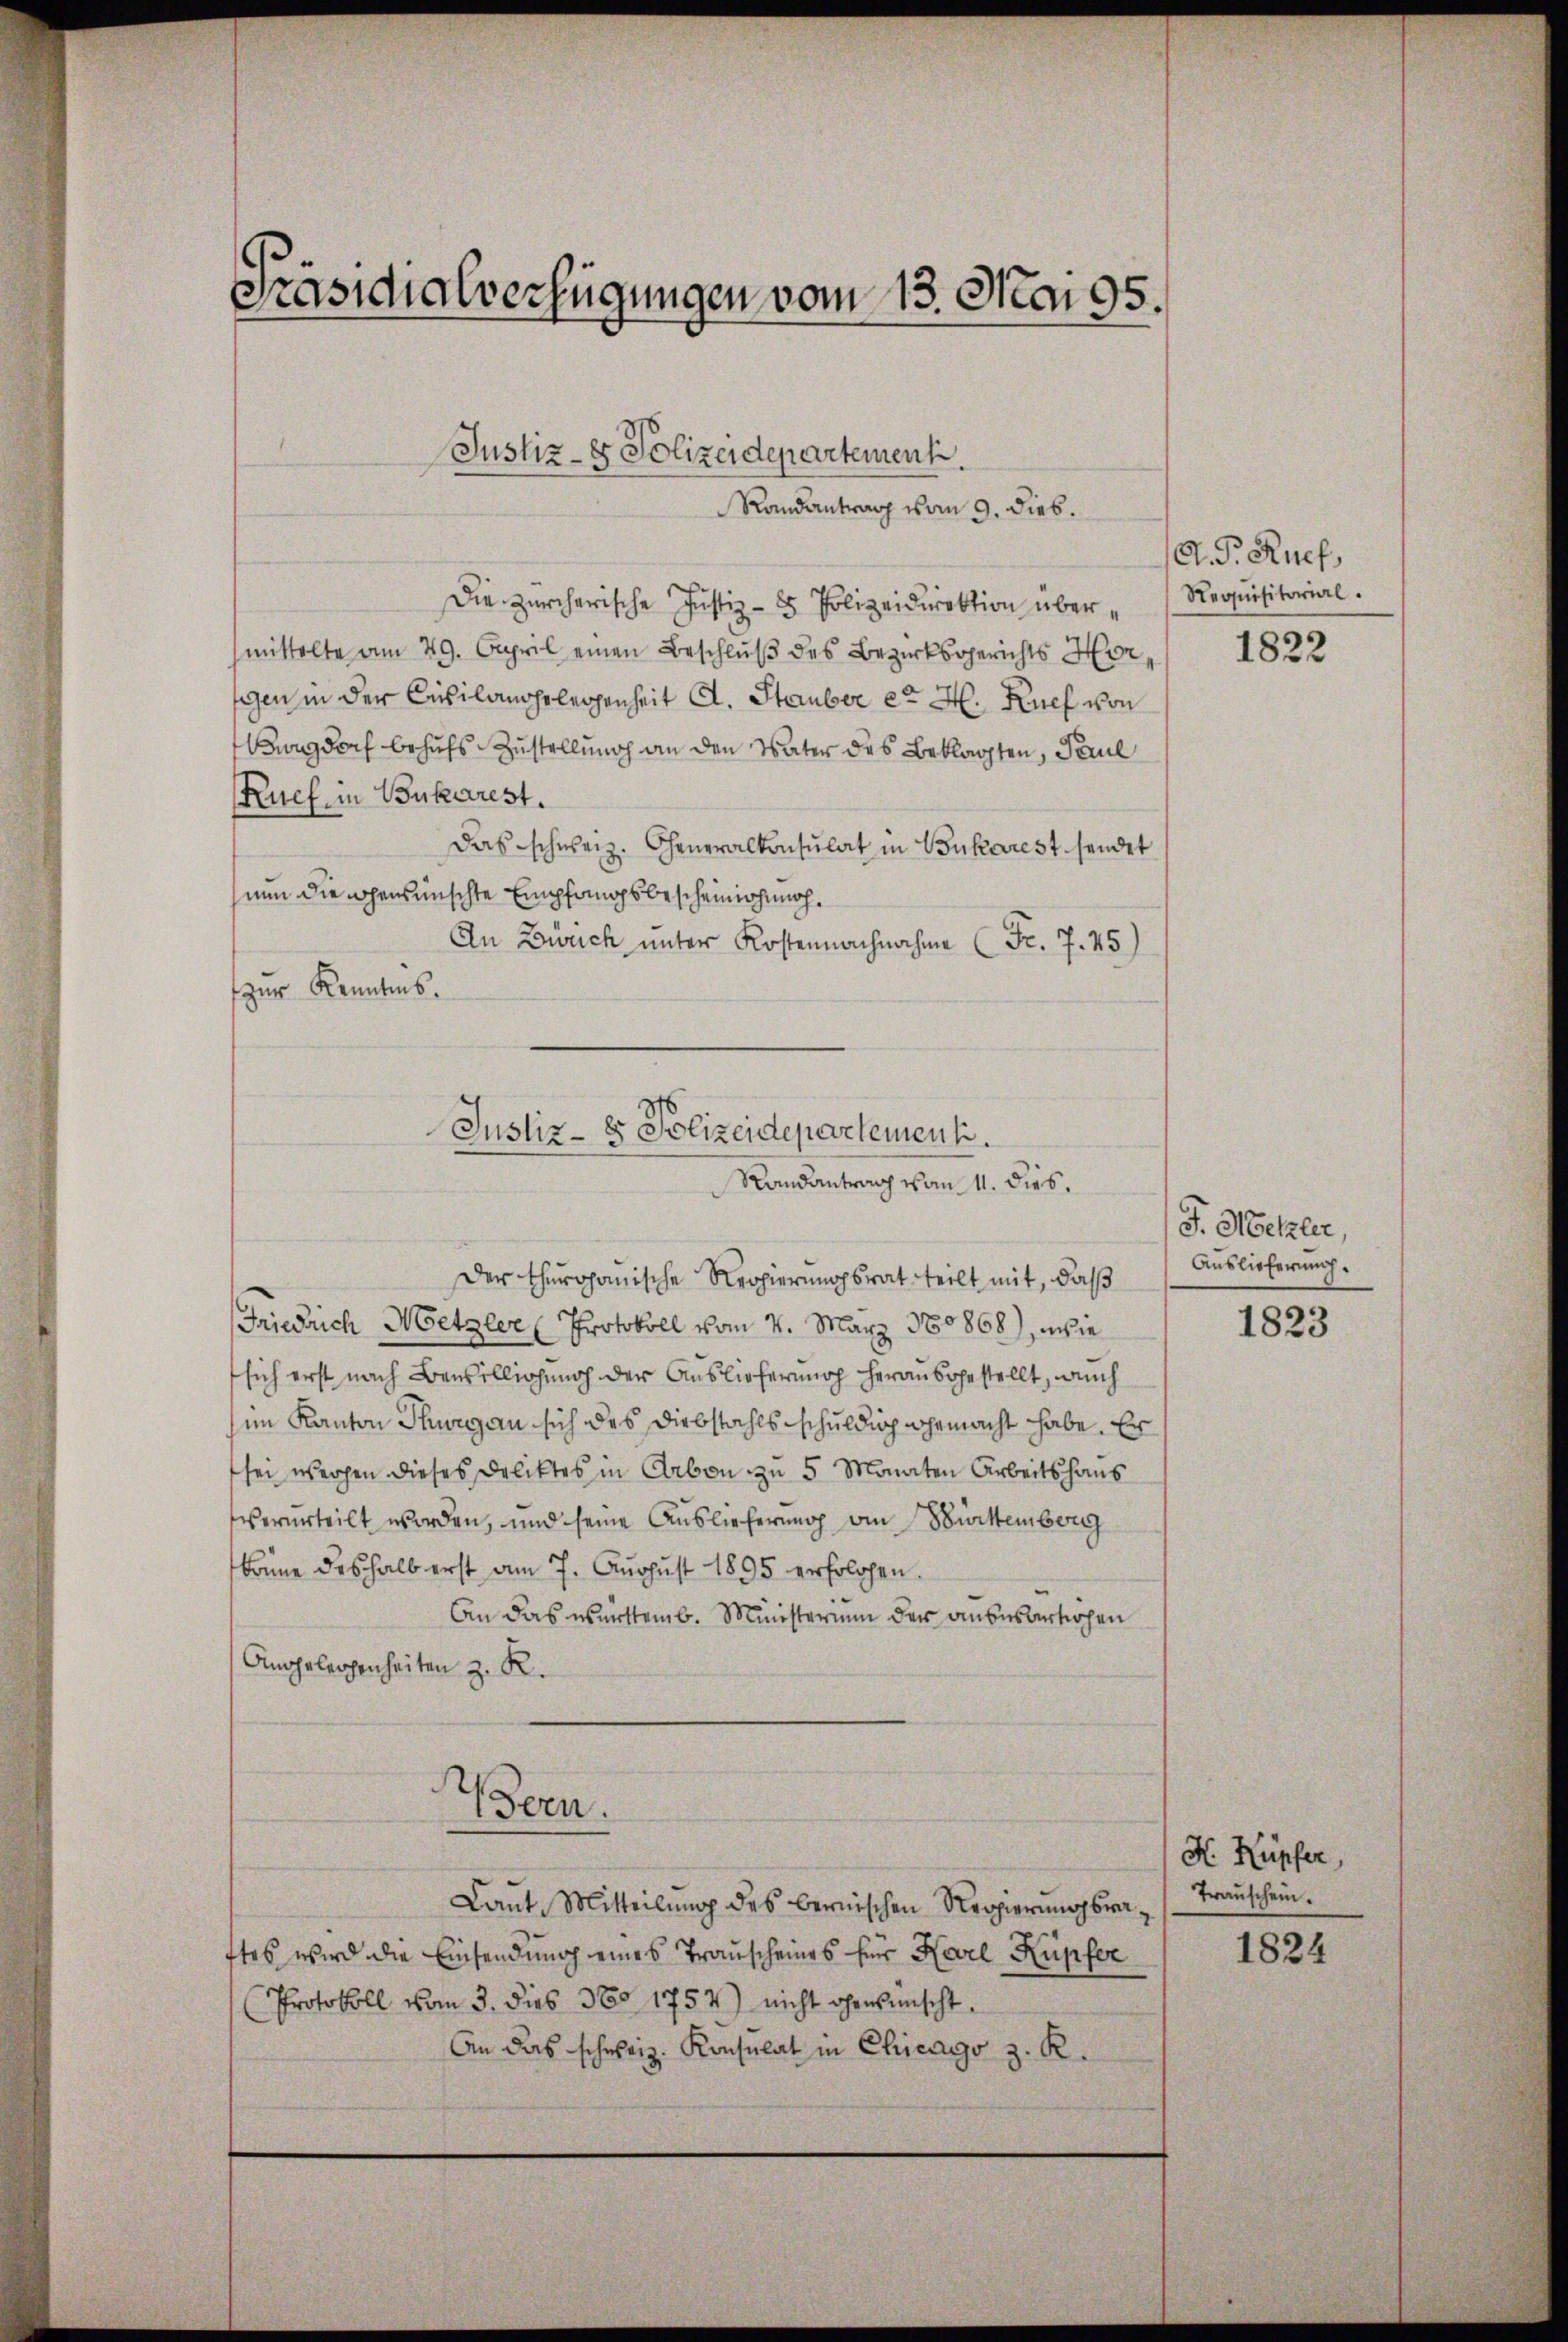
Präsidialverfügungen vom 13. No 95.

Die zürcherische Justiz- & Polizeidirektion übermittelte am 29. April einen Beschluß des Bezirksgerichts Herggen in der Civilangelegenheit A. Stauber er H. Ruch von
gdoch behufs Zustellung an den Vater des Beklagten, Paul
Ruef, in Bukarest.
Das schweiz. Generalkonsulat in Bukarest sendet
nun die gewünschte Empfangsbescheinigung.
An Zürich unter Kostennachnahme (Fr. 7. 45,
zur Kenntnis.

Justiz- & Polizeidepartement.

Randantrag vom 9. dies.

Justiz- & Polizeidepartement.
Randantrag vom 11. dies.

Der thurganische Regierungsrat teilt mit, daß
Friedrich Metzler (Protokoll vom 4. März 180868), wie
sich erst nach Bewilligung der Auslieferung herausgestellt, auch
im Kanton Thurgau sich des Diebstahls schuldig gemacht habe. Er
sei werden dieses Deliktes in Arbon zu 5 Monaten Arbeitshaus
verurteilt worden, und seine Auslieferung von Württemberg
könne deshalb erst am 7. August 1895 erfolgen.
An das württemb. Ministerium der andesartichen
Angeleichenheiten z. R.
d
e
Bern.
Laut Mitteilung des bernischen Regierungsraftes wird die Einsendung eines Transcheines für Karl Kupfer
Protokoll vom 3. dies 360. 1757) nicht gewünscht
An das schweiz. Konsulat in Chicago z. R.

G. P. Ruef
Requisitorial.

1822

J. Metzler,
Auslieferung.

1823

X Kupfer,
Transchein.

1824